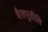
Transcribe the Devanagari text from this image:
शैलपुत्रीति